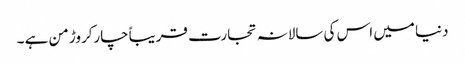
دنیا میں اس کی سالانہ تجارت قریباًچارکروڑ من ہے ۔